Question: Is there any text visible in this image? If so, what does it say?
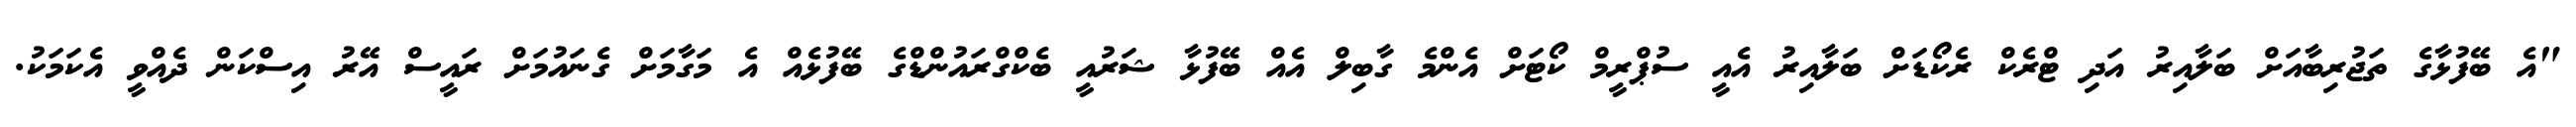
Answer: "އެ ބޭފުޅާގެ ތަޖުރިބާއަށް ބަލާއިރު އަދި ޓްރެކް ރެކޯޑަށް ބަލާއިރު އެއީ ސުޕްރީމް ކޯޓަށް އެންމެ ގާބިލް އެއް ބޭފުޅާ ޝަރުއީ ބެކްގްރައުންޑްގެ ބޭފުޅެއް އެ މަގާމަށް ގެނައުމަށް ރައީސް އޭރު އިސްކަން ދެއްވީ އެކަމަކު.